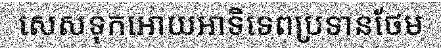
សេសទុកអោយអាទិទេពប្រទានថែម